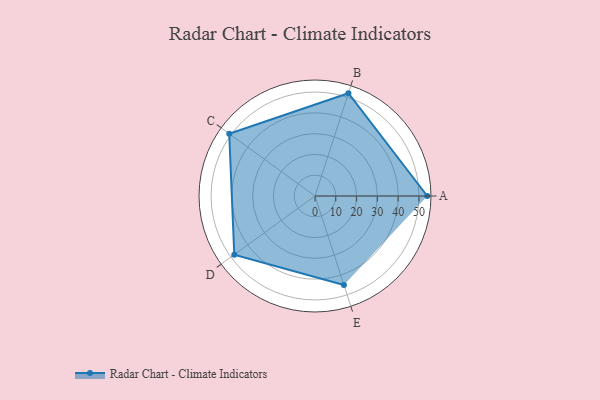
{"axis": {"x": "Skill", "y": "Score"}, "legend": ["Profile"], "data": [{"x": "A", "y": 54.0, "type": "Profile"}, {"x": "B", "y": 52.0, "type": "Profile"}, {"x": "C", "y": 51.0, "type": "Profile"}, {"x": "D", "y": 48.0, "type": "Profile"}, {"x": "E", "y": 45.0, "type": "Profile"}]}